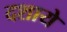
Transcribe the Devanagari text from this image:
दशाये